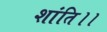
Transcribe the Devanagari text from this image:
शांति।।